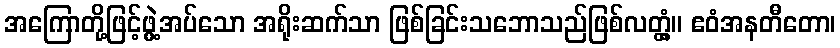
အကြောတို့ဖြင့်ဖွဲ့အပ်သော အရိုးဆက်သာ ဖြစ်ခြင်းသဘောသည်ဖြစ်လတ္တံ့။ ဧဝံအနတီတော၊